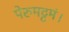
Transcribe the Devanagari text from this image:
पेरुमट्टमं।